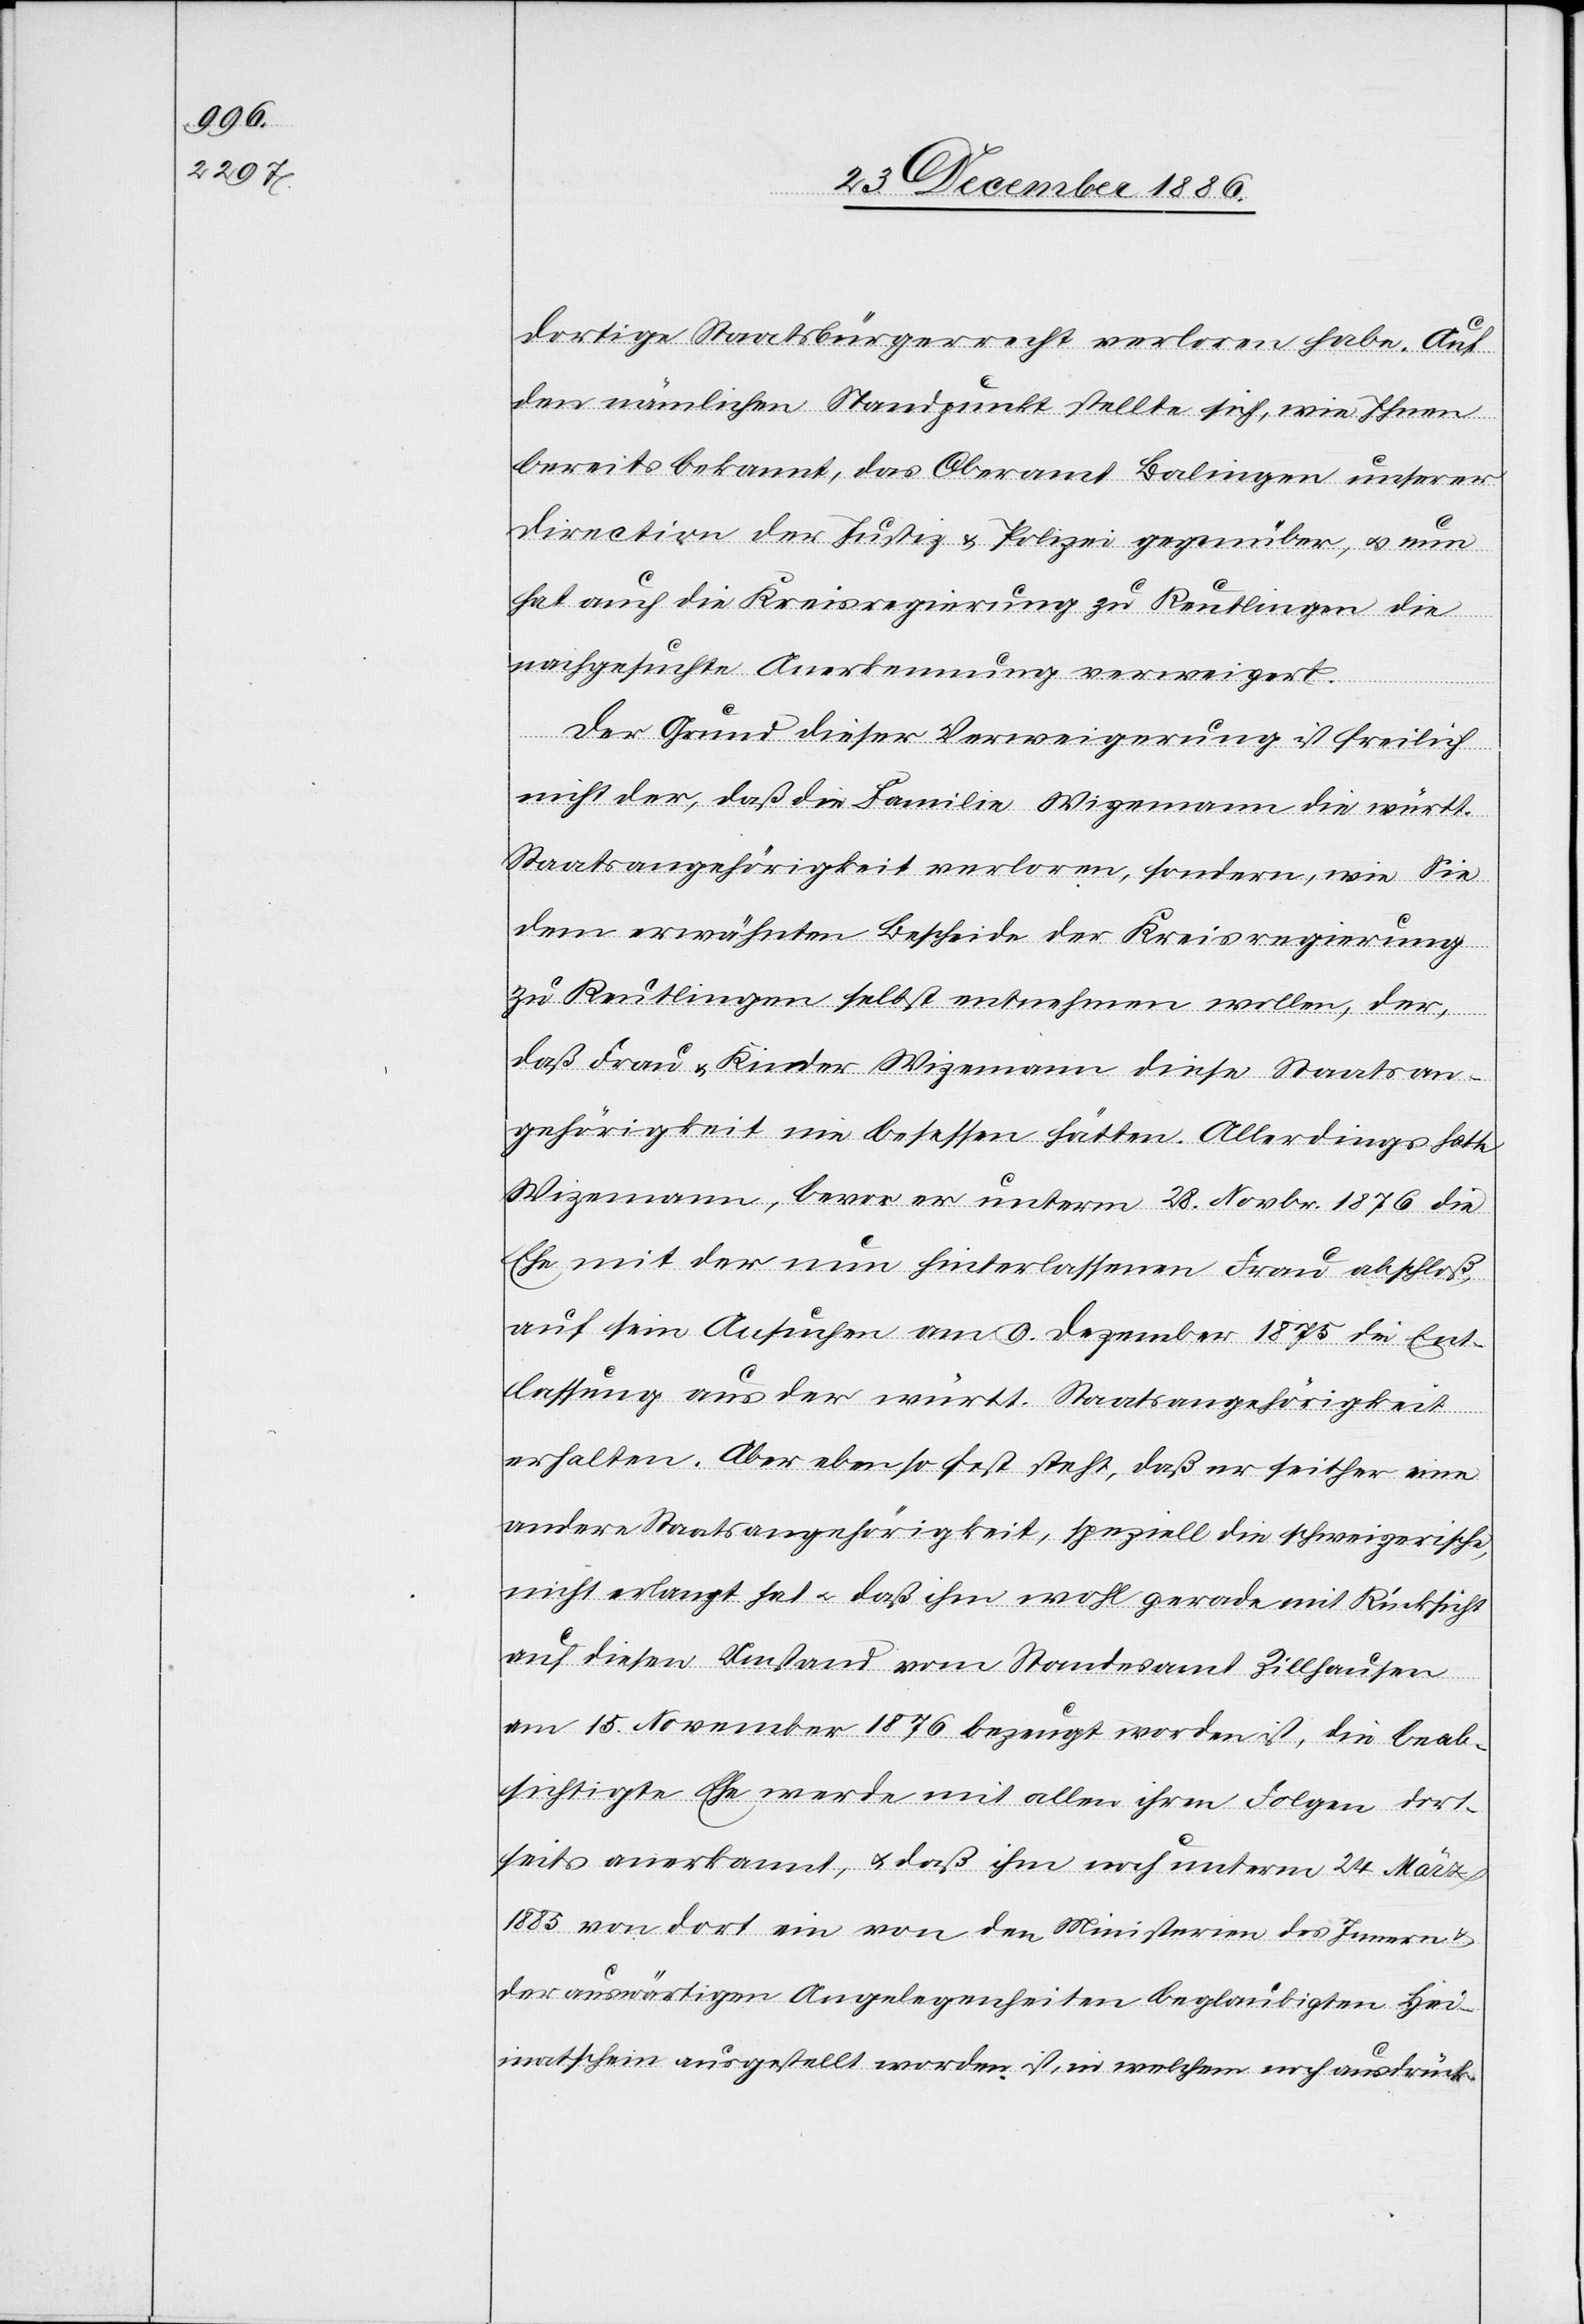
dortige Staatsbürgerrecht verloren habe. Auf
den nämlichen Standpunkt stellte sich, wie Ihnen
bereits bekannt, das Oberamt Balingen unserer
Direction der Justiz & Polizei gegenüber, & nun
hat auch die Kreisregierung zu Reutlingen die
nachgesuchte Anerkennung verweigert.
Der Grund dieser Verweigerung ist freilich
nicht der, daß die Familie Wizemann die württ.
Staatsangehörigkeit verloren, sondern, wie Sie
dem erwähnten Bescheide der Kreisregierung
zu Reutlingen selbst entnehmen wollen, der,
daß Frau & Kinder Wizemann diese Staatsan¬
gehörigkeit nie besessen hätten. Allerdings hatte
Wizemann, bevor er unterm 28. Novbr. 1876 die
Ehe mit der nun hinterlassenen Frau abschloß,
auf sein Ansuchen am 9. Dezember 1875 die Ent¬
lassung aus der württ. Staatsangehörigkeit
erhalten. Aber ebenso fest steht, daß er seither eine
andere Staatsangehörigkeit, speziell die schweizerische,
nicht erlangt hat & daß ihm wohl gerade mit Rücksicht
auf diesen Umstand vom Standesamt Zillhausen
am 15. November 1876 bezeugt worden ist, die beab¬
sichtigte Ehe werde mit allen ihren Folgen dort¬
seits anerkannt, & daß ihm noch unterm 24. März
1885 von dort ein von den Ministerien des Innern &
der auswärtigen Angelegenheiten beglaubigten Hei¬
matschein ausgestellt worden ist, in welchem noch ausdrück-